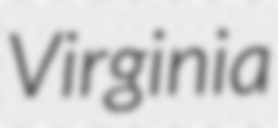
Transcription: Virginia